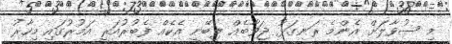
މި ސުވާލަށް އެންމެ ރަނގަޅު ޖަވާބެއް ލިބޭނީ އެކެއް ފެބުރުއަރީ އަމުރުގައި މިހާރު